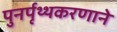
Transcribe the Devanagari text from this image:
पुनर्पृथ्थकरणाने